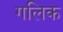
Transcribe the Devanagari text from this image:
गलिक